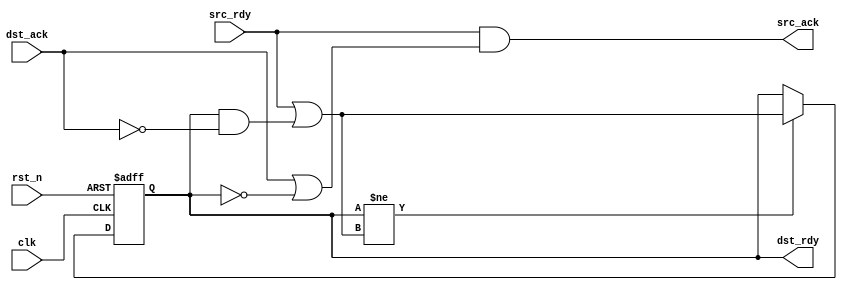
module PPForward (
	input      clk,
	input      rst_n,
	input      src_rdy,
	output reg src_ack,
	output reg dst_rdy,
	input      dst_ack
);

reg dst_rdy_w;
always@* begin
	src_ack = src_rdy && (dst_ack || !dst_rdy);
	dst_rdy_w = src_rdy || (dst_rdy && !dst_ack);
end

always @(posedge clk or negedge rst_n) begin
	if (!rst_n) begin
		dst_rdy <= 1'b0;
	end else if (dst_rdy != dst_rdy_w) begin
		dst_rdy <= dst_rdy_w;
	end
end

endmodule